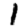
Digit: 1